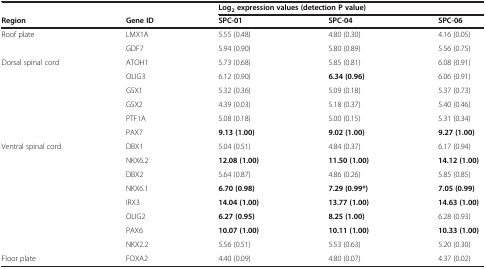
| <COLSPAN=2>  | <COLSPAN=3> Log2 expression values (detection P value) |
 | Region | Gene ID | SPC-01 | SPC-04 | SPC-06 |
 | --- | --- | --- | --- | --- |
 | <ROWSPAN=2> Roof plate | LMX1A | 5.55 (0.48) | 4.80 (0.30) | 4.16 (0.05) |
 | GDF7 | 5.94 (0.90) | 5.80 (0.89) | 5.56 (0.75) |
 | <ROWSPAN=6> Dorsal spinal cord | ATOH1 | 5.73 (0.68) | 5.85 (0.81) | 6.08 (0.91) |
 | OLIG3 | 6.12 (0.90) | 6.34 (0.96) | 6.06 (0.91) |
 | GSX1 | 5.32 (0.36) | 5.09 (0.18) | 5.37 (0.73) |
 | GSX2 | 4.39 (0.03) | 5.18 (0.37) | 5.40 (0.46) |
 | PTF1A | 5.08 (0.18) | 5.00 (0.15) | 5.31 (0.34) |
 | PAX7 | 9.13 (1.00) | 9.02 (1.00) | 9.27 (1.00) |
 | <ROWSPAN=8> Ventral spinal cord | DBX1 | 5.04 (0.51) | 4.84 (0.37) | 6.17 (0.94) |
 | NKX6.2 | 12.08 (1.00) | 11.50 (1.00) | 14.12 (1.00) |
 | DBX2 | 5.64 (0.87) | 4.86 (0.26) | 5.85 (0.85) |
 | NKX6.1 | 6.70 (0.98) | 7.29 (0.99*) | 7.05 (0.99) |
 | IRX3 | 14.04 (1.00) | 13.77 (1.00) | 14.63 (1.00) |
 | OLIG2 | 6.27 (0.95) | 8.25 (1.00) | 6.28 (0.93) |
 | PAX6 | 10.07 (1.00) | 10.11 (1.00) | 10.33 (1.00) |
 | NKX2.2 | 5.56 (0.51) | 5.53 (0.63) | 5.20 (0.30) |
 | Floor plate | FOXA2 | 4.40 (0.09) | 4.80 (0.07) | 4.37 (0.02) |